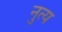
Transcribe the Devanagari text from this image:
नुत्य